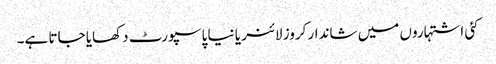
کئی اشتہاروں میں شاندار کروز لائنر یا نیا پاسپورٹ دکھایا جاتا ہے۔